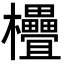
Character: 𣡭